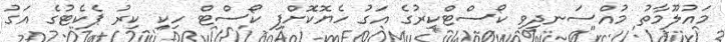
މައުލޫމާތު މުއްސަނދިވި ކޯސްޓްކިރުގެ އަގު ހެޔޮކޮށްފި ކޯސްޓް ހިކި ކިރު ޕެކެޓުގެ އަގު